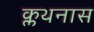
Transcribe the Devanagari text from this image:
क्लथनास